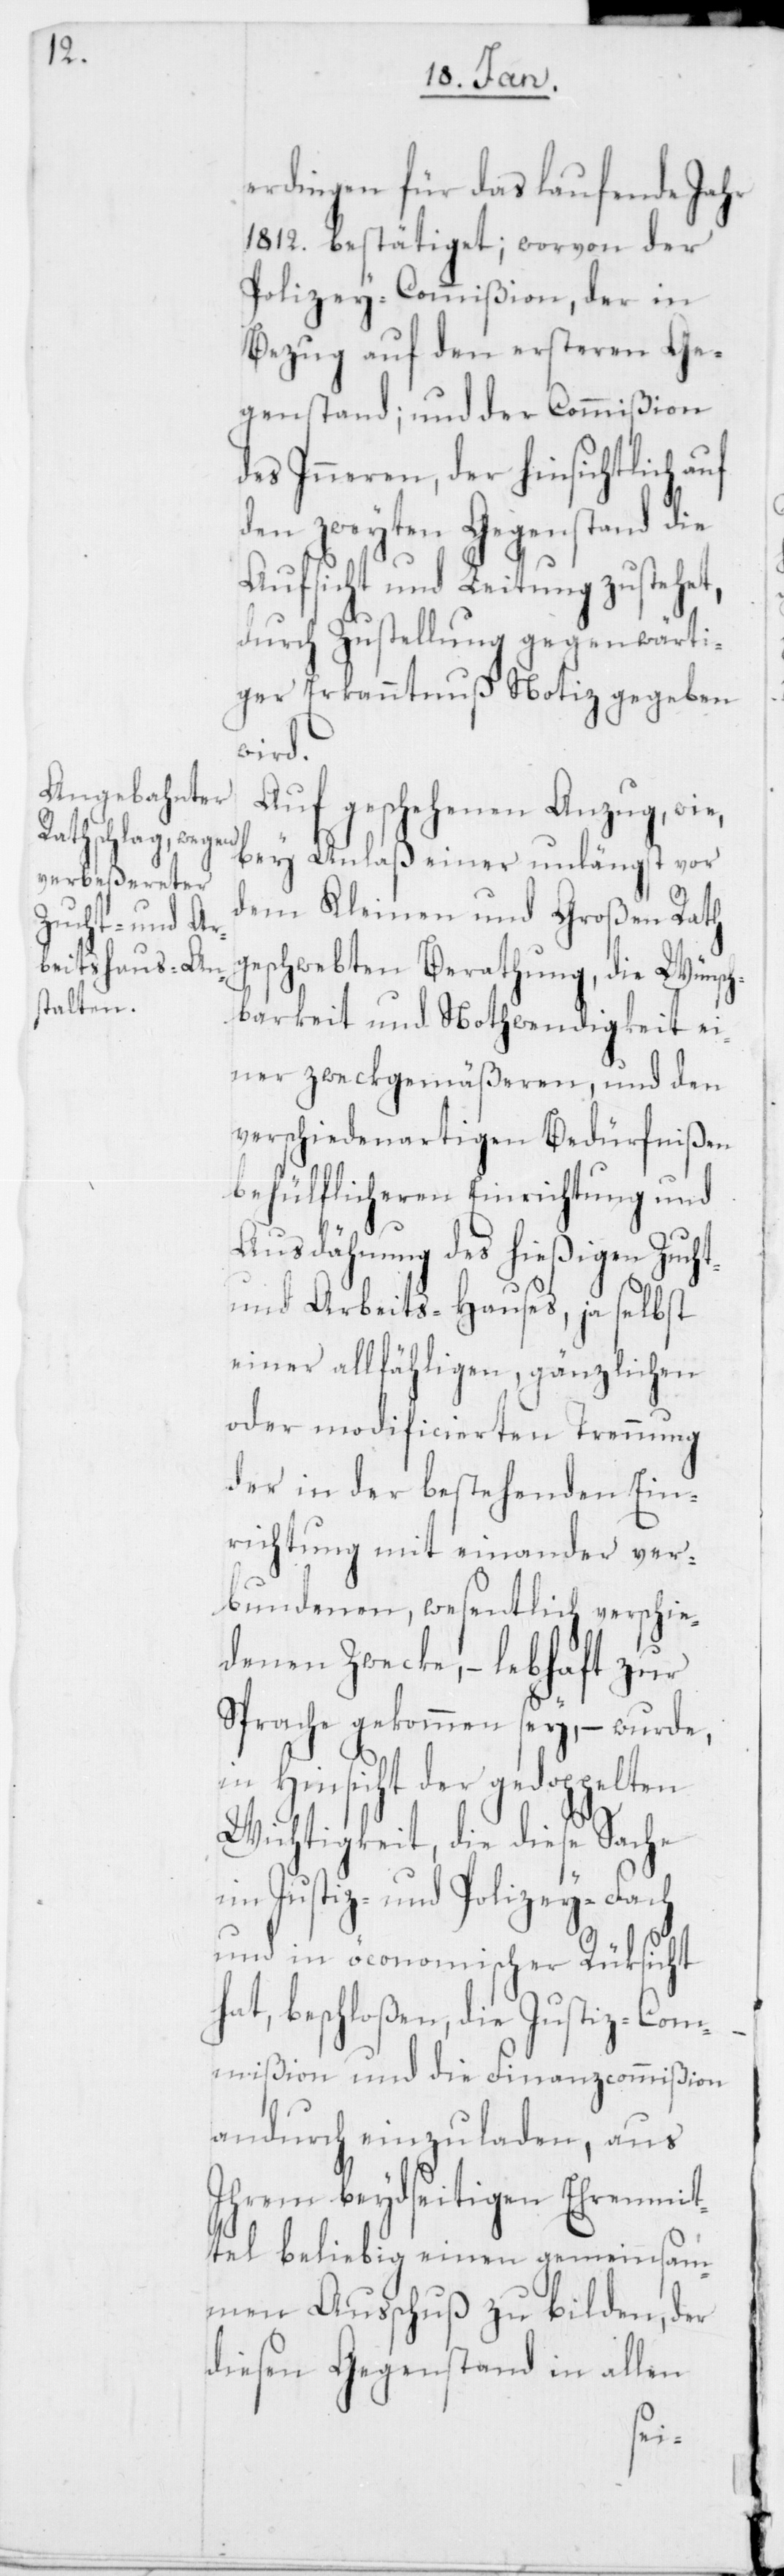
erdingen für das laufende Jahr
1812. bestätiget; worvon der
Polizey-Commißion, der in
Bezug auf den ersteren Ge¬
genstand, und der Commißion
des Inneren, der hinsichtlich auf
den zweyten Gegenstand die
Aufsicht und Leitung zustehet,
durch Zustellung gegenwärti¬
ger Erkanntnuß Notiz gegeben
wird.
Auf geschehenen Anzug, wie,
bey Anlaß einer unlängst vor
dem Kleinen und Großen Rath
geschwebten Berathung, die Wünsch¬
barkeit und Nothwendigkeit ei¬
ner zweckgemäßeren, und den
verschiedenartigen Bedürfnißen
behülflicheren Einrichtung und
Ausdehnung des hießigen Zucht-
und Arbeits-Hauses, ja selbst
einer allfähligen, gänzlichen
oder modificierten Trennung
der in der bestehenden Ein¬
richtung mit einander ver¬
bundenen, wesentlich verschie¬
denen Zwecke, – lebhaft zur
Sprache gekommen sey, – wurde,
in Hinsicht der gedoppelten
Wichtigkeit, die diese Sache
im Justiz- und Polizey-Fach
und in öconomischer Rüksicht h¬
at, beschloßen, die Justiz-Com¬
mißion und die Finanzcommißion
andurch einzuladen, aus
Ihrem beydseitigen Ehrenmit¬
tel beliebig einen gemeinsam¬
men Ausschuß zu bilden, der
diesen Gegenstand in allen